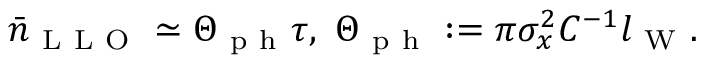
\bar { n } _ { \mathrm { ~ L ~ L ~ O ~ } } \simeq \Theta _ { \mathrm { ~ p ~ h ~ } } \tau , ~ \Theta _ { \mathrm { ~ p ~ h ~ } } : = \pi \sigma _ { x } ^ { 2 } C ^ { - 1 } l _ { \mathrm { ~ W ~ } } .